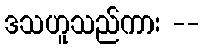
ဒသဟူသည်ကား --